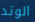
الوتد